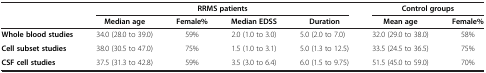
|  | <COLSPAN=4> RRMS patients | <COLSPAN=2> Control groups |
 |  | Median age | Female% | Median EDSS | Duration | Mean age | Female% |
 | --- | --- | --- | --- | --- | --- | --- |
 | Whole blood studies | 34.0 (28.0 to 39.0) | 59% | 2.0 (1.0 to 3.0) | 5.0 (2.0 to 7.0) | 32.0 (29.0 to 38.0) | 58% |
 | Cell subset studies | 38.0 (30.5 to 47.0) | 75% | 1.5 (1.0 to 3.1) | 5.0 (1.3 to 12.5) | 33.5 (24.5 to 36.5) | 75% |
 | CSF cell studies | 37.5 (31.3 to 42.8) | 59% | 3.5 (3.0 to 6.4) | 6.0 (1.5 to 9.75) | 51.5 (45.0 to 59.0) | 70% |